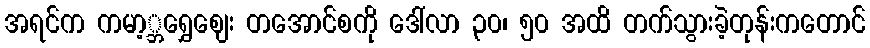
အရင်က ကမာ့္ဘရွှေဈေး တအောင်စကို ဒေါ်လာ ၃၀၊ ၅၀ အထိ တက်သွားခဲ့တုန်းကတောင်